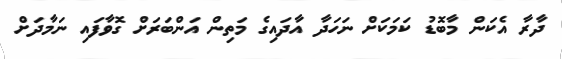
ދާރާ އެކަން މާބޮޑު ކަމަކަށް ނަހަދާ އާދައިގެ މަތިން އަންބަރަށް ގޮވާފައި ނަމާދަށް